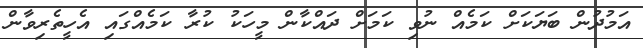
އަމުދުން ބަޔަކަށް ކަމެއް ނުވި ކަމަށް ދައްކާން މީހަކު ކުރާ ކަމެއްގައި އެހީތެރިވާން